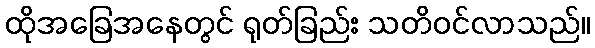
ထိုအခြေအနေတွင် ရုတ်ခြည်း သတိဝင်လာသည်။